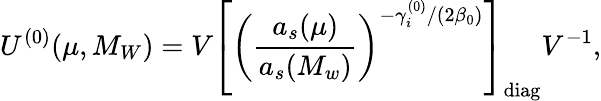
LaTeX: U^{(0)}(\mu,M_{W})=V\left[\left(\frac{a_{s}(\mu)}{a_{s}(M_{w})}\right)^{-\gamma_{i}^{(0)}/(2\beta_{0})}\right]_{\mathrm{diag}}V^{-1},